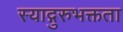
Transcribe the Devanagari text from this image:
स्याद्गुरुभक्तता